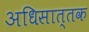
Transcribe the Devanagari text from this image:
अधिसात्तक